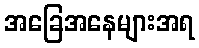
အခြေအနေများအရ